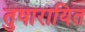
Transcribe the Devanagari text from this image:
तुषारायित